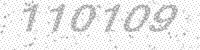
Solution: 110109